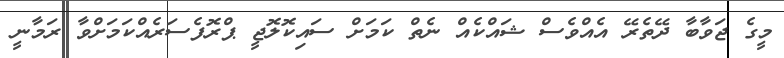
މީގެ ޖަވާބާ ދޭތެރޭ އެއްވެސް ޝައްކެއް ނެތް ކަމަށް ސައިކޮލޮޖީ ޕްރޮފެސަރެއްކަމަށްވާ ރަމާނީ